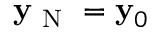
\mathbf { y } _ { \mathrm { ~ N ~ } } = \mathbf { y } _ { 0 }